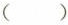
()